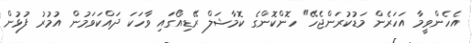
އެހެންވީމާ އަހަރެން މަޑުކުރަންޖެހޭ" ހޮންކޮންގެ ކޮމާޝަލް ރޭޑިއޯގައި ވާހަކަ ދައްކަވަމުން އުމުރު ފުޅުން